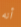
أنه